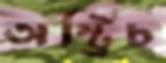
অস্ট্রিচ